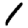
Digit: 1